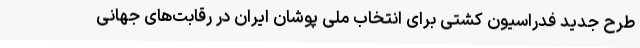
طرح جدید فدراسیون کشتی برای انتخاب ملی پوشان ایران در رقابت‌های جهانی